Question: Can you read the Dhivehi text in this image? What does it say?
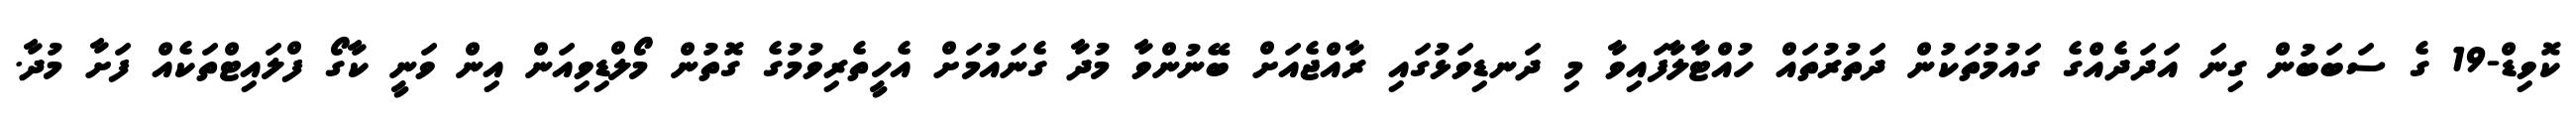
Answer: ކޮވިޑް-19 ގެ ސަބަބުން ގިނަ އަދަދެއްގެ ގައުމުތަކުން ދަތުރުތައް ހުއްޓާލާފައިވާ މި ދަނޑިވަޅުގައި ރާއްޖެއަށް ބޭނުންވާ މުދާ ގެނައުމަށް އެހީތެރިވުމުގެ ގޮތުން މޯލްޑިވިއަން އިން ވަނީ ކާގޯ ފްލައިޓްތަކެއް ފަށާ މުދާ.